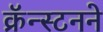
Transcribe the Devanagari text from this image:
क्रॅन्स्टनने